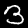
Label: 3